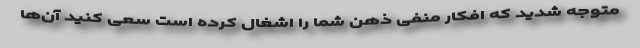
متوجه شدید که افکار منفی ذهن شما را اشغال کرده است سعی کنید آن‌ها